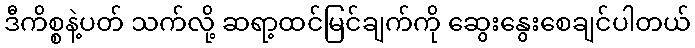
ဒီကိစ္စနဲ့ပတ် သက်လို့ ဆရာ့ထင်မြင်ချက်ကို ဆွေးနွေးစေချင်ပါတယ်